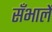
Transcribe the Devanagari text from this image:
सँभालें